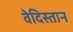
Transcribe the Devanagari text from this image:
वेदिस्तान